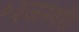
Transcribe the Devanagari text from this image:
०३जनवरी